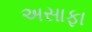
અસાફા